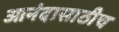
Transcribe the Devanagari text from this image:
आनंदासाठीच